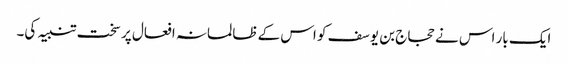
ایک بار اس نے حجاج بن یوسف کو اس کے ظالمانہ افعال پر سخت تنبیہ کی۔